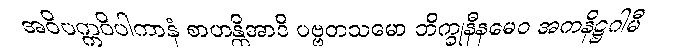
အဝိပက္ကဝိပါကာနံ စာဟန္တိအာဒိ ပဗ္ဗတသမော ဘိက္ခုနီနမေဝ အကနိဋ္ဌဂါမီ